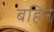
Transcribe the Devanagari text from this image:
बहिने